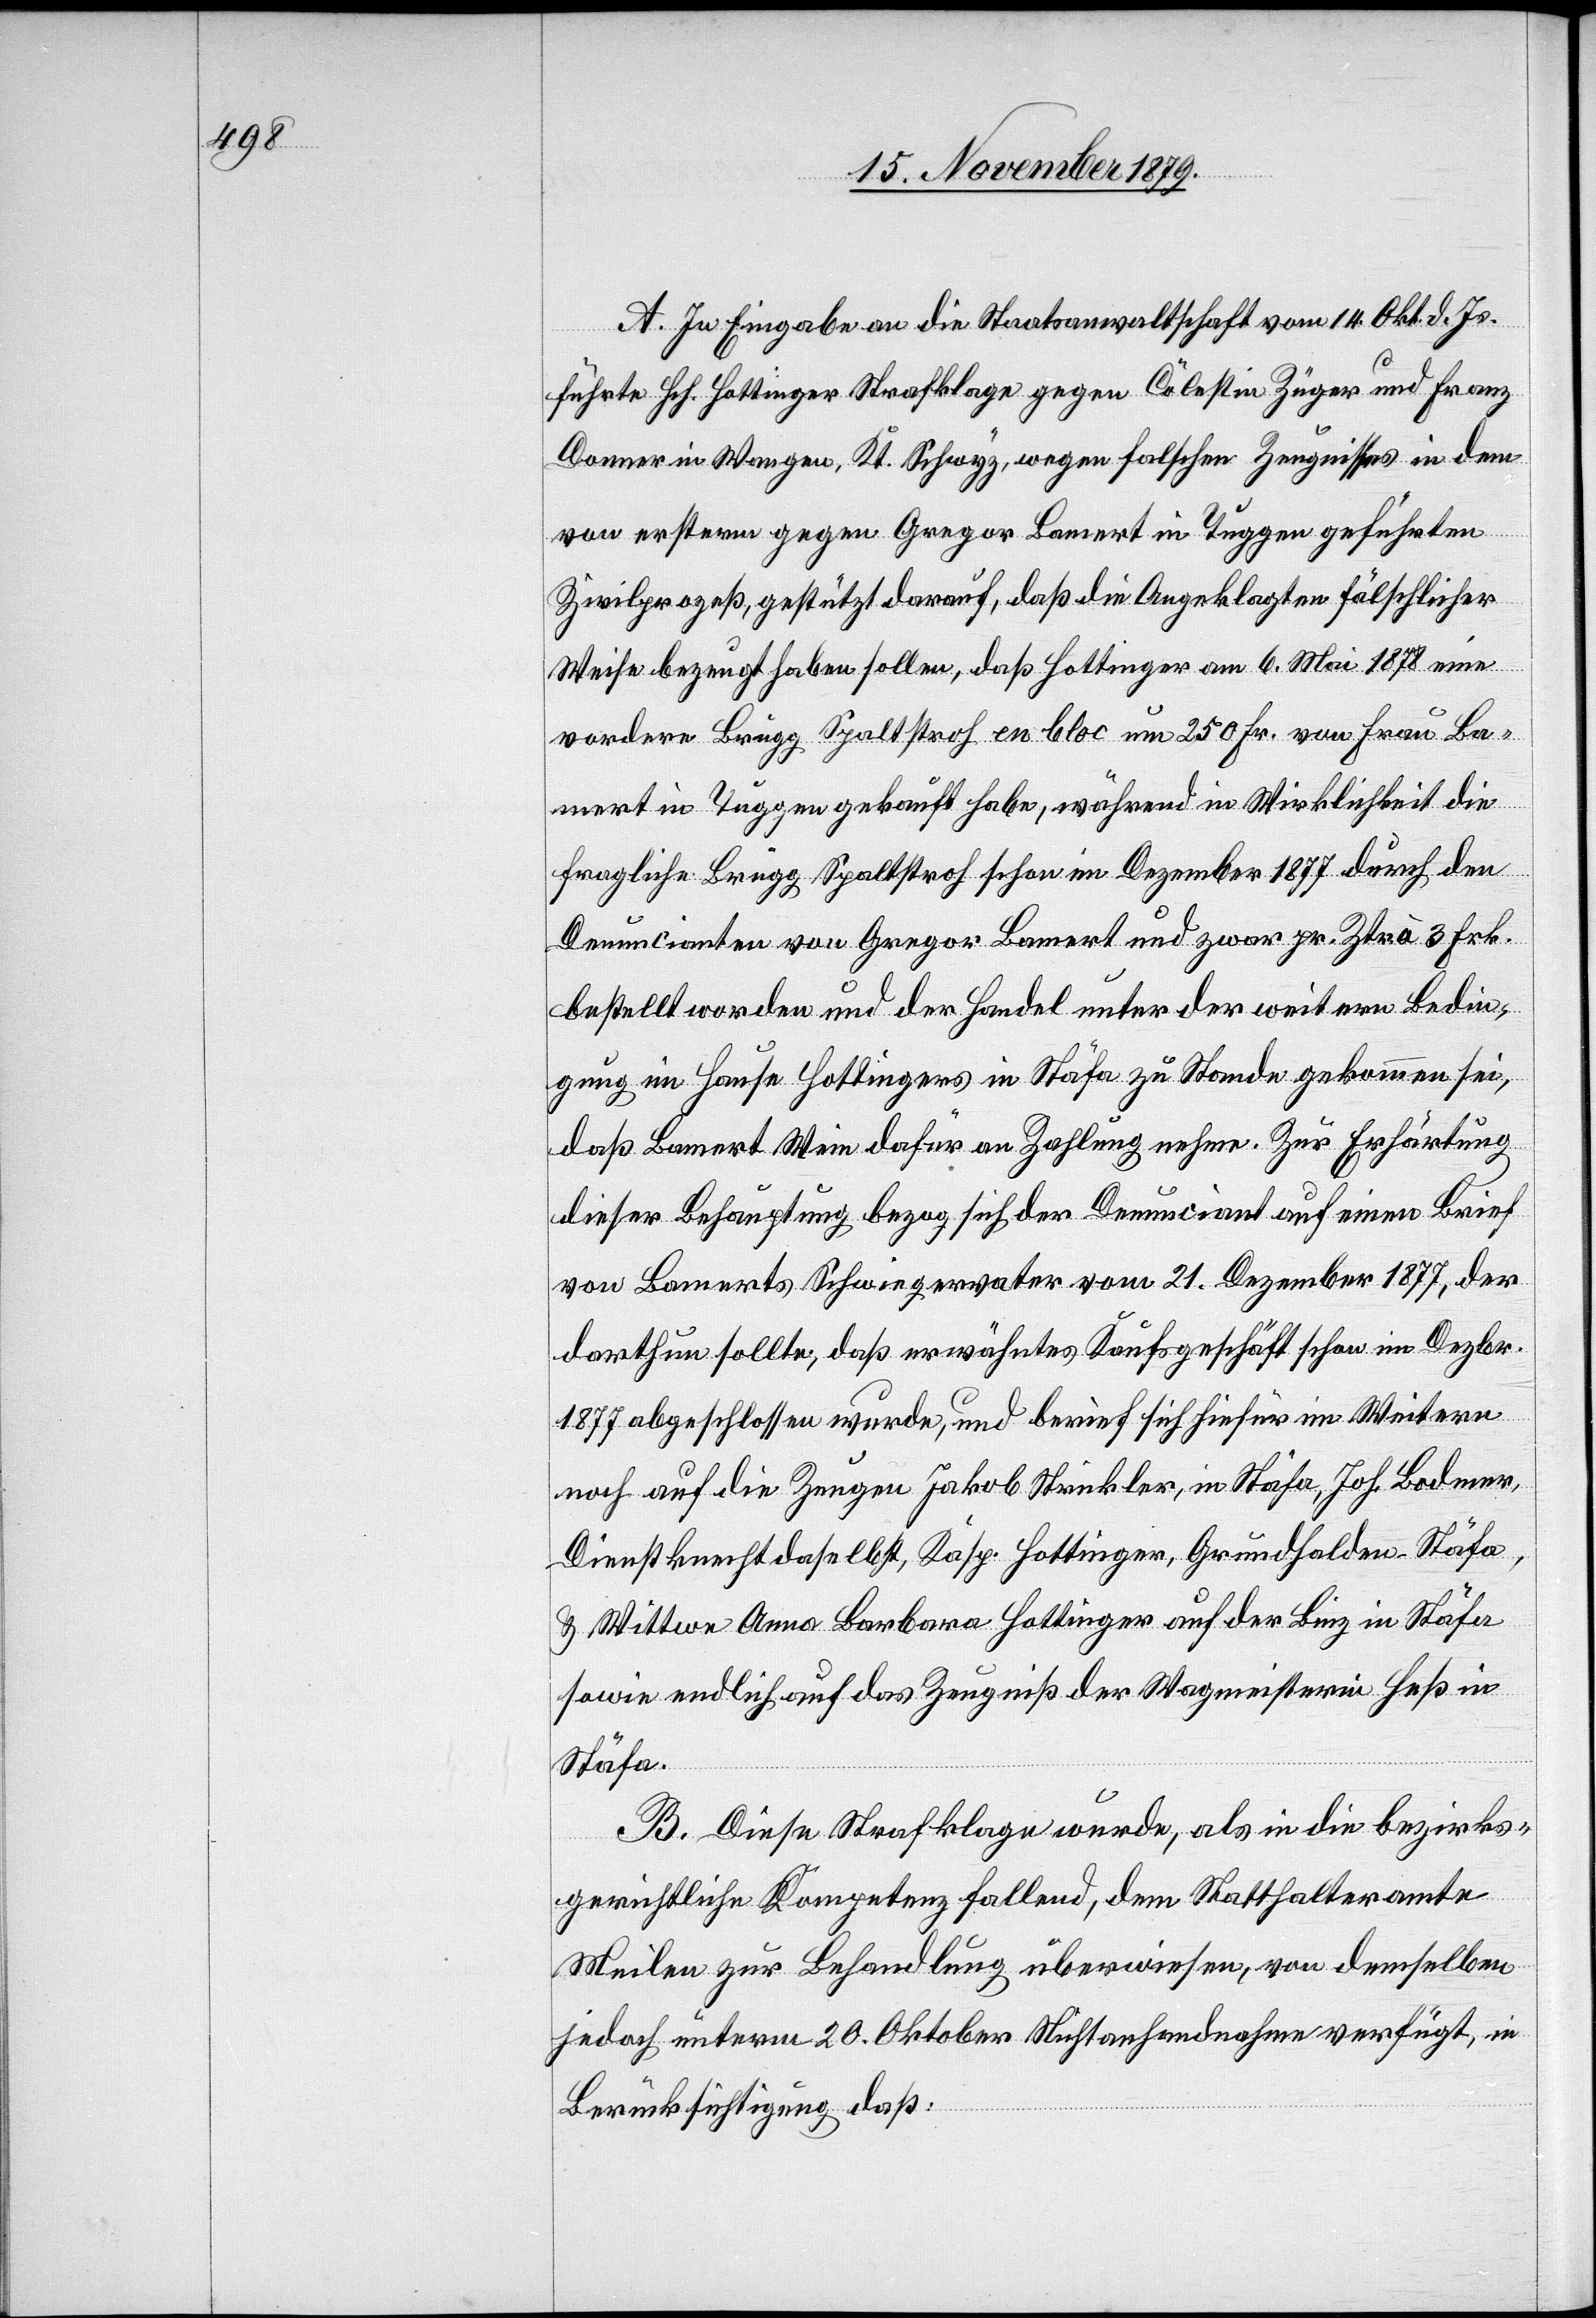
A. In Eingabe an die Staatsanwaltschaft vom 14. Okt. d. Js.
führte Hch. Hottinger Strafklage gegen Cölestin Züger und Franz
Donner in Wangen Kt. Schwyz, wegen falschen Zeugnisses in dem
von ersterm gegen Gregor Lamert in Tuggen geführten
Zivilprozeß, gestützt darauf, daß die Angeklagten fälschlicher
Weise bezeugt haben sollen, daß Hottinger am 6. Mai 1878 eine
vordere Brügg Spaltstroh en bloc um 250 Fr. von Frau La¬
mert in Tuggen gekauft habe, während in Wirklichkeit die
fragliche Brügg Spaltstroh schon im Dezember 1877 durch den
Denuncianten von Gregor Lamert und zwar pr. Ztr. à 3 Frk.
bestellt worden und der Handel unter der weitern Bedin¬
gung im Hause Hottingers in Stäfa zu Stande gekommen sei,
daß Lamert Wein dafür an Zahlung nehme. Zur Erläuterung
dieser Behauptung bezog sich der Denunciant auf einen Brief
von Lamerts Schwiegervater vom 21. Dezember 1877, der
darthun sollte, daß erwähntes Kaufgeschäft im Dezbr.
1877 abgeschlossen wurde, und berief sich hiefür im weitern
noch auf die Zeugen Jakob Strickler, in Stäfa, Joh. Bodmer,
Dienstknecht daselbst, Kasp. Hottinger, Grundhalden - Stäfa,
& Wittwe Anna Barbara Hottinger auf der Linz in Stäfa
sowie endlich auch das Zeugniß der Wagmeisterei Heß in
Stäfa.
B. Diese Strafklage wurde, als in die bezirks¬
gerichtliche Kompetenz fallend, dem Statthalteramte
Meilen zur Behandlung überwiesen, von demselben
jedoch unterm 20. Oktober Nichtanhandnahme verfügt, in
Berücksichtigung daß: